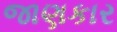
જાણકાર